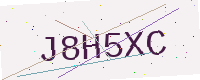
Text: J8H5XC